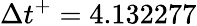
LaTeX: \Delta{t}^{+}=4.132277